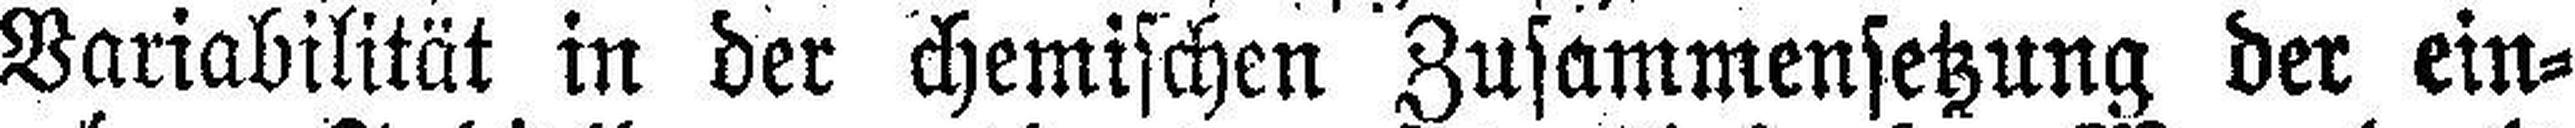
Variabilität in der chemischen Zusammensetzung der ein¬